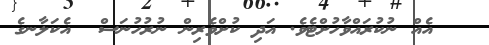
އެއް ނުކުރައްވާހުށްޓެވެ. އަދި ކުށްވެރިން ނުރުހުނަސް  އެކަލާނގެ